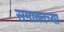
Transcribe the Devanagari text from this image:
समानतच्या